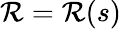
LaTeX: \mathcal{R}=\mathcal{R}(s)